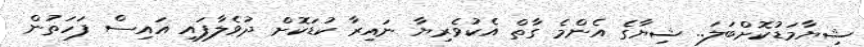
ޝިޔާމަޑުކޮށްބަލަަ.. ޝިޔާގެ އެންމެ ގާތް އެކުވެރިޔާ ނައިރާ ކުޑަކޮށް ދުވެލާފައި އައިސް ފަހަތުން